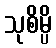
သုစိမ္ပိ